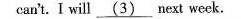
can't. I will \underline{(3)} next week.